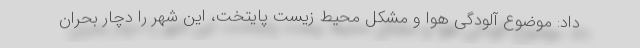
داد: موضوع آلودگی هوا و مشکل محیط زیست پایتخت، این شهر را دچار بحران